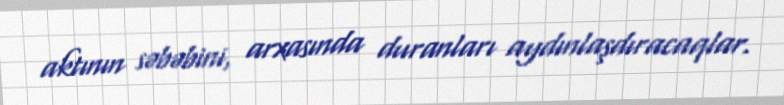
aktının səbəbini, arxasında duranları aydınlaşdıracaqlar.